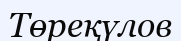
Төреқүлов